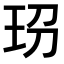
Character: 𤤊